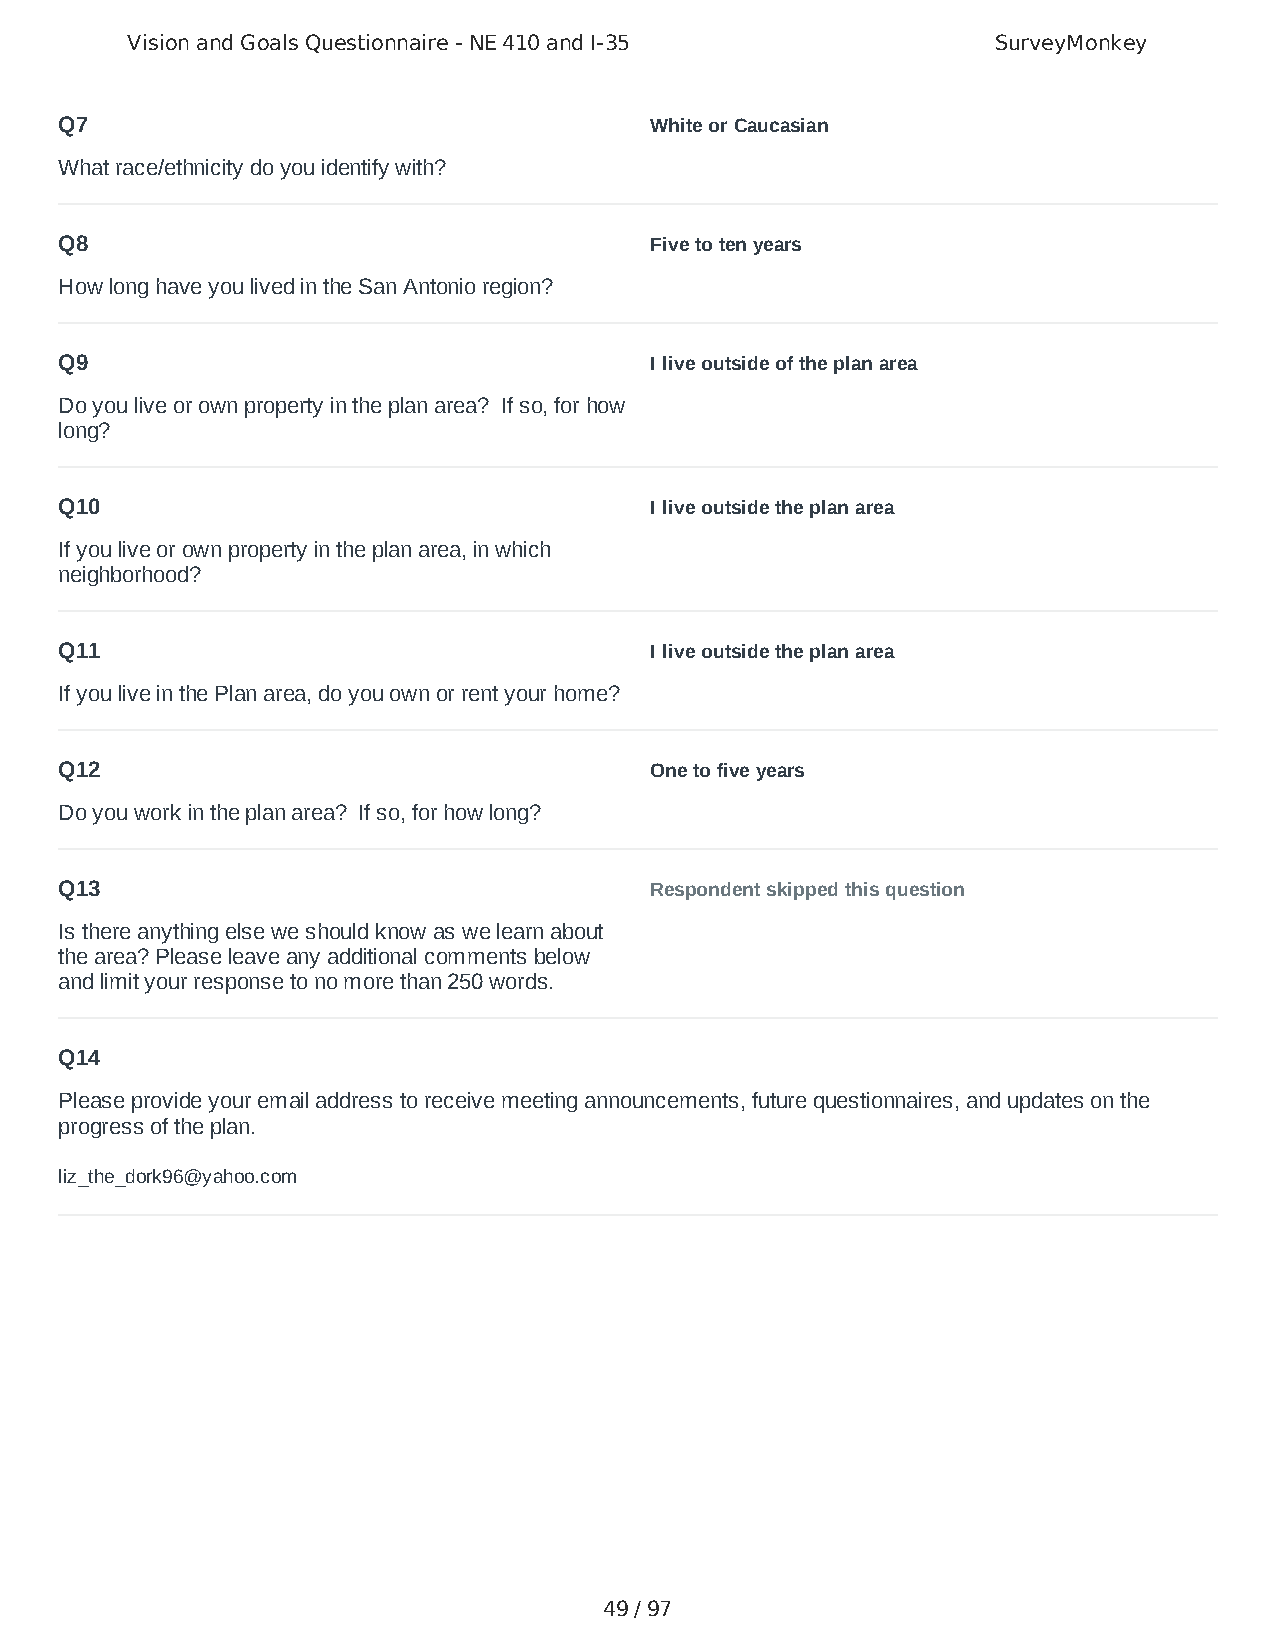
Vision and Goals Questionnaire - NE 410 and I-35          SurveyMonkey
 Q7                                     White or Caucasian
 What race/ethnicity do you identify with?
 Q8                                     Five to ten years
 How long have you lived in the San Antonio region?
 Q9                                     I live outside of the plan area
 Do you live or own property in the plan area? If so, for how
 long?
 Q10                                    I live outside the plan area
 If you live or own property in the plan area, in which
 neighborhood?
 Q11                                    I live outside the plan area
 If you live in the Plan area, do you own or rent your home?
 Q12                                    One to five years
 Do you work in the plan area? If so, for how long?
 Q13                                    Respondent skipped this question
 Is there anything else we should know as we learn about
 the area? Please leave any additional comments below
 and limit your response to no more than 250 words.
 Q14
 Please provide your email address to receive meeting announcements, future questionnaires, and updates on the
 progress of the plan.
 liz_the_dork96@yahoo.com
 49 / 97